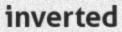
inverted